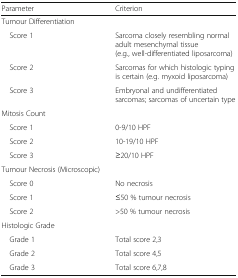
<table><thead><tr><td><b>Parameter</b></td><td><b>Criterion</b></td></tr></thead><tbody><tr><td colspan="2">Tumour Differentiation</td></tr><tr><td> Score 1</td><td>Sarcoma closely resembling normal adult mesenchymal tissue (e.g., well-differentiated liposarcoma)</td></tr><tr><td> Score 2</td><td>Sarcomas for which histologic typing is certain (e.g. myxoid liposarcoma)</td></tr><tr><td> Score 3</td><td>Embryonal and undifferentiated sarcomas; sarcomas of uncertain type</td></tr><tr><td colspan="2">Mitosis Count</td></tr><tr><td> Score 1</td><td>0-9/10 HPF</td></tr><tr><td> Score 2</td><td>10-19/10 HPF</td></tr><tr><td> Score 3</td><td>≥20/10 HPF</td></tr><tr><td colspan="2">Tumour Necrosis (Microscopic)</td></tr><tr><td> Score 0</td><td>No necrosis</td></tr><tr><td> Score 1</td><td>≤50 % tumour necrosis</td></tr><tr><td> Score 2</td><td>&gt;50 % tumour necrosis</td></tr><tr><td colspan="2">Histologic Grade</td></tr><tr><td> Grade 1</td><td>Total score 2,3</td></tr><tr><td> Grade 2</td><td>Total score 4,5</td></tr><tr><td> Grade 3</td><td>Total score 6,7,8</td></tr></tbody></table>